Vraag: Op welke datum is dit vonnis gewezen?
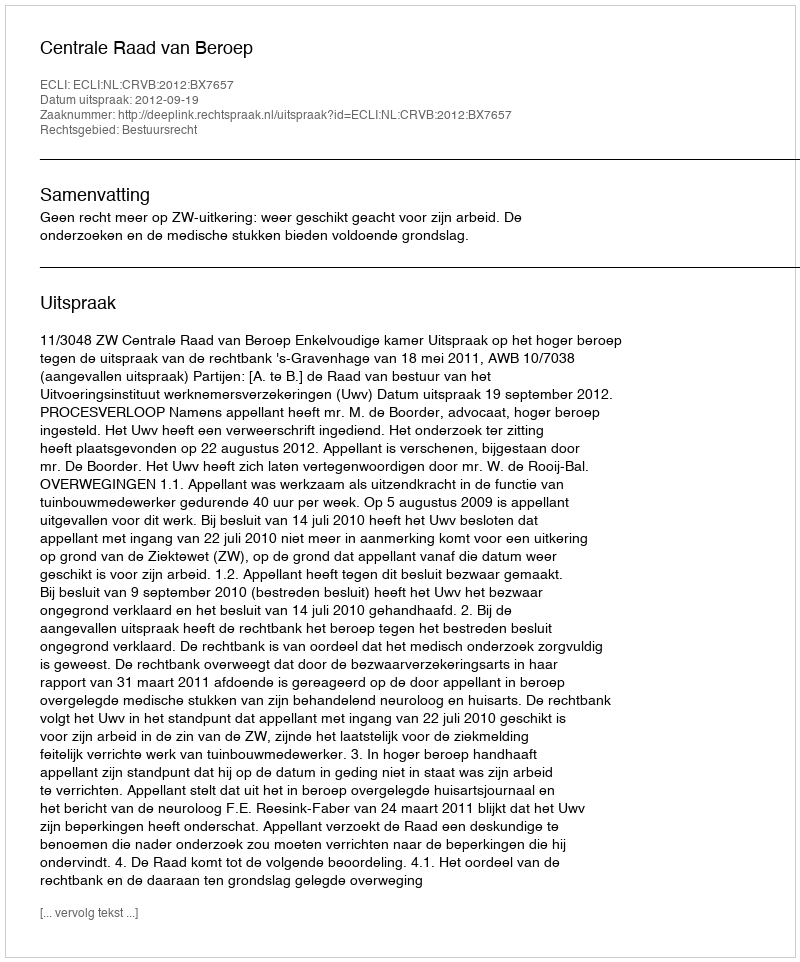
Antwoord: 2012-09-19